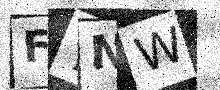
Text: F7NW